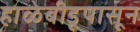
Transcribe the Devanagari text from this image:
हाळेबीडूपासून